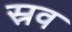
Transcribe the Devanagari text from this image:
स्रव